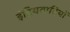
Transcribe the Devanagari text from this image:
इंद्रियवादियों